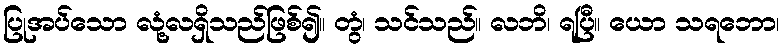
ပြုအပ်သော လုံ့လရှိသည်ဖြစ်၍။ တွံ၊ သင်သည်။ လဘိ၊ ရပြီ။ ယော သရဘော၊